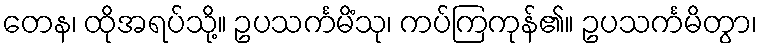
တေန၊ ထိုအရပ်သို့။ ဥပသင်္ကမိံသု၊ ကပ်ကြကုန်၏။ ဥပသင်္ကမိတွာ၊